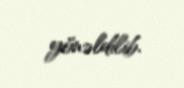
yönəldilib.